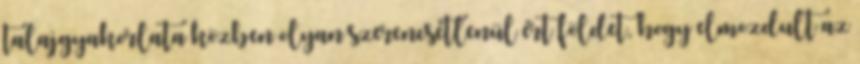
talajgyakorlata közben olyan szerencsétlenül ért földet, hogy elmozdult az